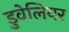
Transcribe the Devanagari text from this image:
डुवेलियर